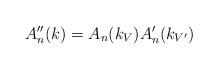
LaTeX: \begin{align*} A''_n(k) = A_n(k_V) A'_n(k_{V'}) \end{align*}